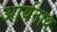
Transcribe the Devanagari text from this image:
आर्यनाथ